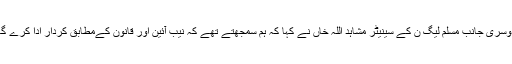
دوسری جانب مسلم لیگ ن کے سینیٹر مشاہد اللہ خاں نے کہا کہ ہم سمجھتے تھے کہ نیب آئین اور قانون کےمطابق کردار ادا کرے گا۔